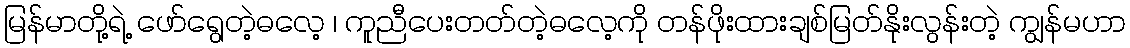
မြန်မာတို့ရဲ့ ဖော်ရွေတဲ့ဓလေ့ ၊ ကူညီပေးတတ်တဲ့ဓလေ့ကို တန်ဖိုးထားချစ်မြတ်နိုးလွန်းတဲ့ ကျွန်မဟာ